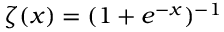
\zeta ( x ) = ( 1 + e ^ { - x } ) ^ { - 1 }